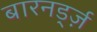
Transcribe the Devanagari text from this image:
बारनर्ड्ज़